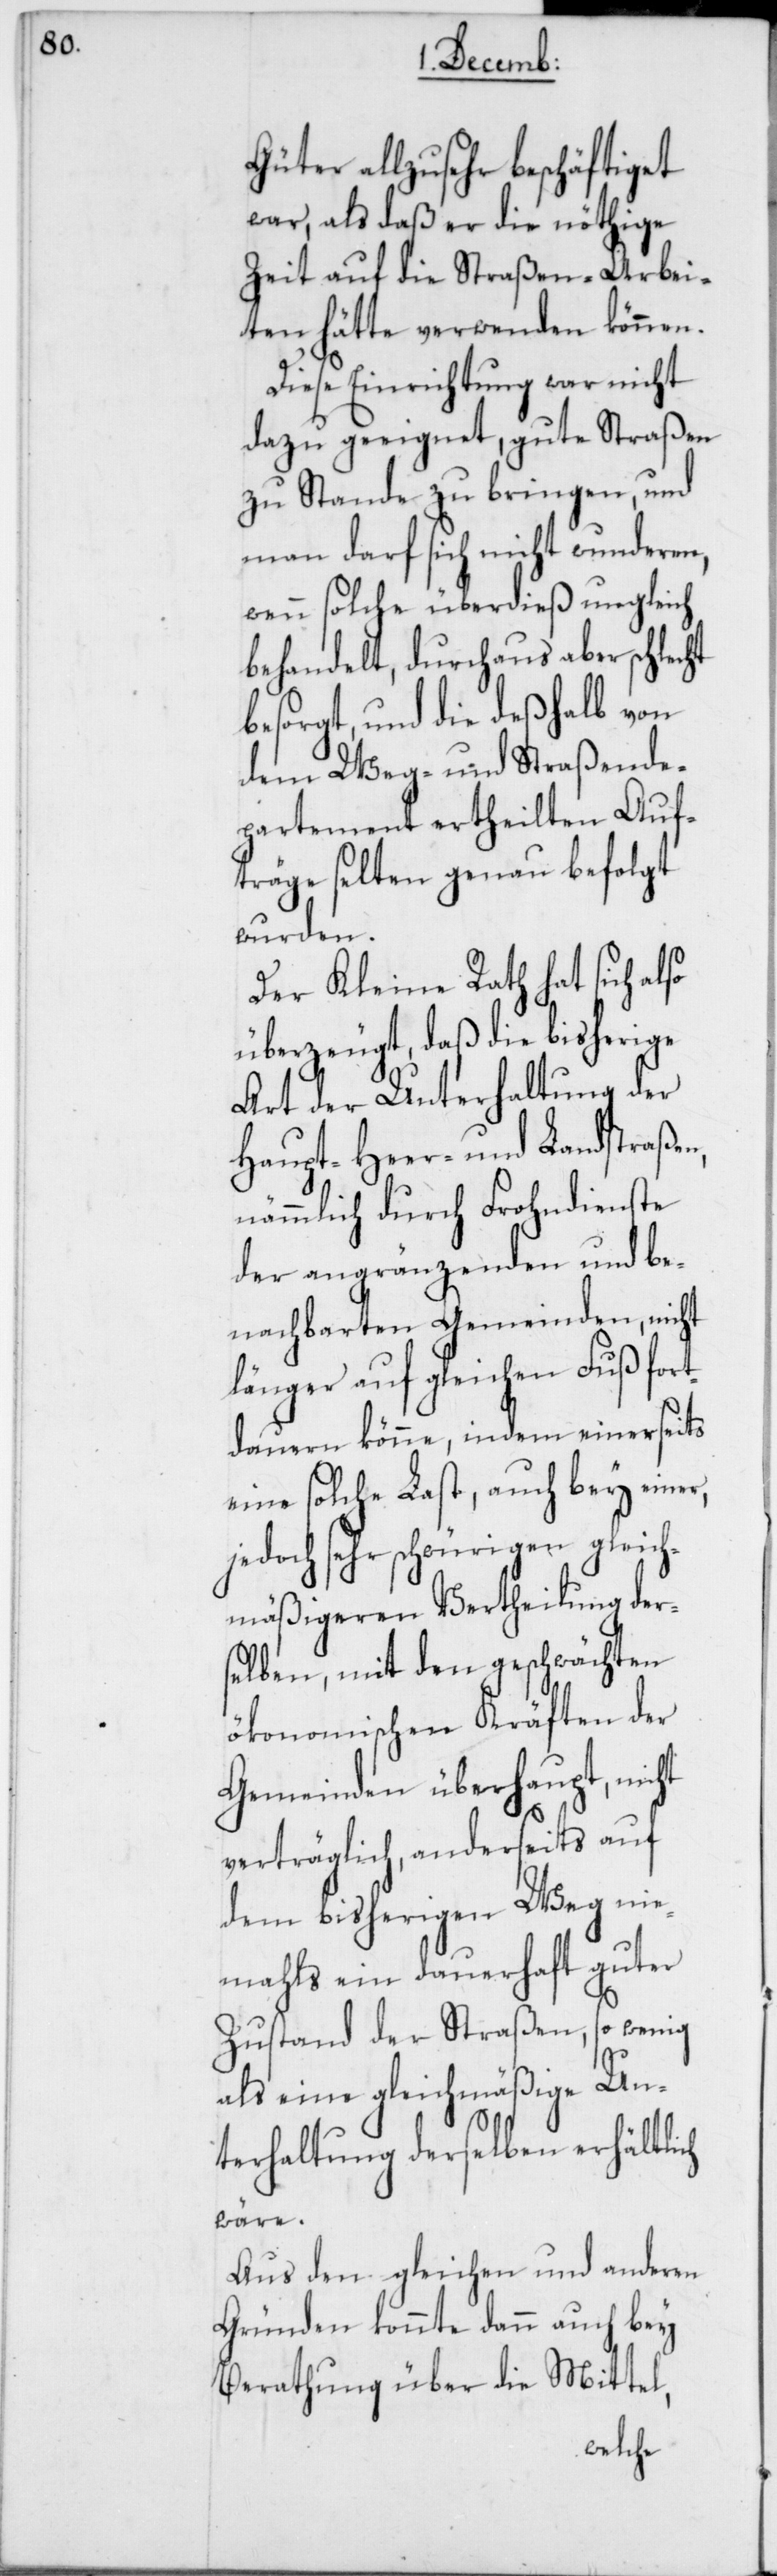
Güter allzusehr beschäftiget
war, als daß er die nöthige
Zeit auf die Straßen-Arbei¬
ten hätte verwenden können.
Diese Einrichtung war nicht
dazu geeignet, gute Straßen
zu Stande zu bringen, und
man darf sich nicht wunderen,
wenn solche überdieß ungleich
behandelt, durchaus aber schlecht
besorgt, und die deßhalb von
dem Weg- und Straßende¬
partement ertheilten Auf¬
träge selten genau befolgt
wurden.
Der Kleine Rath hat sich also
überzeugt, daß die bisherige
Art der Unterhaltung der
Heer- und Landstraßen,
enste
nämmlich durch Fron¬
be¬
der angränzenden
nachbarten Gemeinden, nicht
länger auf gleichen Fuß for¬
tdauern könne, indem einerseits
eine solche Last, auch bey einer,
jedoch sehr schwürigen gleich¬
mäßigeren Vertheilung der¬
selben, mit den geschwächten
ökonomischen Kräften der
Gemeinden überhaupt, nicht
verträglich, anderseits
dem bisherigen Weg nie¬
mahls ein dauerhaft guter
Zustand der Straßen, so wenig
als eine gleichmäßige Un¬
terhaltung derselben erhältlich
wäre.
Aus den gleichen und anderen
Gründen konnte dann auch bey
Berathung über die Mittel,